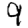
Digit: 9